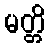
မတ္တိ